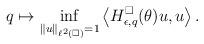
LaTeX: \begin{align*} q \mapsto \inf_{\|u\|_{\ell^2(\square)} = 1} \left \langle H_{\epsilon, q}^\square(\theta) u,u \right \rangle.\end{align*}